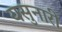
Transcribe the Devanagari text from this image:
यसुनारी